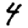
Digit: 4